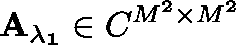
\mathbf { A _ { \lambda _ { 1 } } } \in \mathbb { C } ^ { M ^ { 2 } \times M ^ { 2 } }